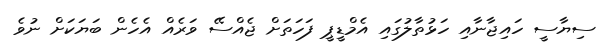
ސިޔާސީ ހައިޖާނާއި ހަޅުތާލުގައި އެމްޑީޕީ ފަހަތަށް ޖެއްސޭ ވަރެއް އެހެން ބަޔަކަށް ނުވެ